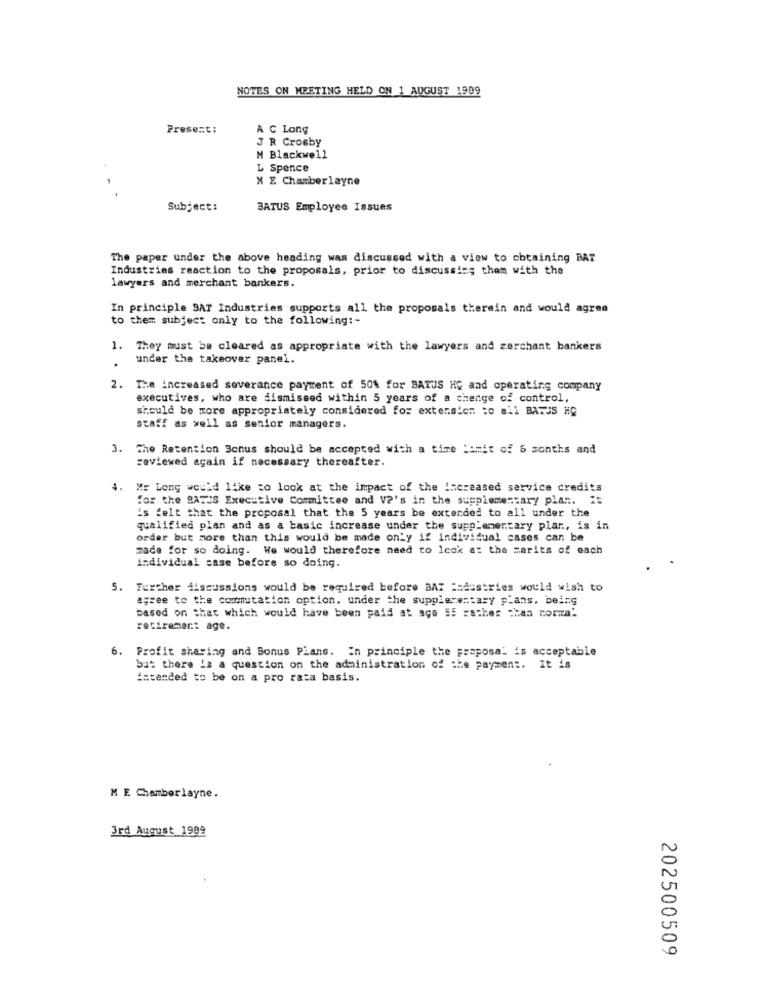
NOTES ON MEETING HELD ON 1 AUGUST 1909
Present:
A C Long
J R Crosby
M Blackwell
L Spence
X E Chamberlayne
Subject:
BATUS Employee Issues
The paper under the above heading was discussed with a view to obtaining BAT
Industries reaction to the proposals, prior to discussing them with the
lawyers and merchant bankers.
In principle SAT Industries supports all the proposals therein and would agree
to them subject only to the following :-
1.
They must be cleared as appropriate with the lawyers and zerchant bankers
under the takeover panel.
.
2. The increased severance payment of 50% for BATUS HG and operating company
executives, who are dismissed within 5 years of a change of control,
should be more appropriately considered for extension to all BATUS HC
staff as well as senior managers.
3. The Retention Bonus should be accepted with a time Limit of 5 months and
reviewed again if necessary thereafter.
4. Mr Long would like to look at the impact of the increased service credits
for the BATIS Executive Committee and VP's in the supplementary plan. it
's felt that the proposal that the 5 years be extended to all under the
qualified plan and as a basic increase under the supplementary plar ., is in
order but more than this would be made only if individual cases car. be
made for so doing. We would therefore need to lesk a: the merits of each
individual case before so doing.
5. Further discussions would be required before BAT == dustries would wish to
agree to the commutation option. under the supplementary plans. being
based on that which would have been paid at ago 55 rather than roma!
retiremer: age.
6. Profit sharing and Bonus Plans. In principle the proposal is acceptable
but there is a question on the administration of the payment. It is
intended to be on a pro rata basis.
M E Chamberlayne.
3rd August 1989
202500509